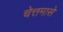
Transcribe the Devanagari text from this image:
चेत्तमासे